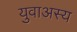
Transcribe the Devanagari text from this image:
युवाअस्य